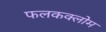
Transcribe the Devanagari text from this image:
फलकक्लोम